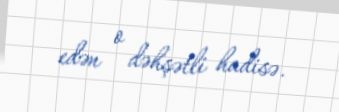
edən o dəhşətli hadisə.